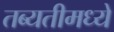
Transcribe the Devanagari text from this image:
तब्यतीमध्ये